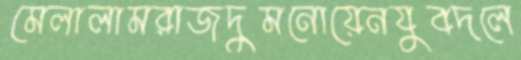
মেলালামরাজদুমনোয়েনযুবদলে